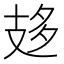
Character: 𢻈